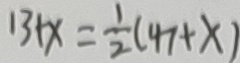
1 3 + x = \frac { 1 } { 2 } ( 4 7 + x )